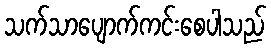
သက်သာပျောက်ကင်းစေပါသည်